Lunatic asylums Burma 1907-21 - 1907-1921
Year: 1907
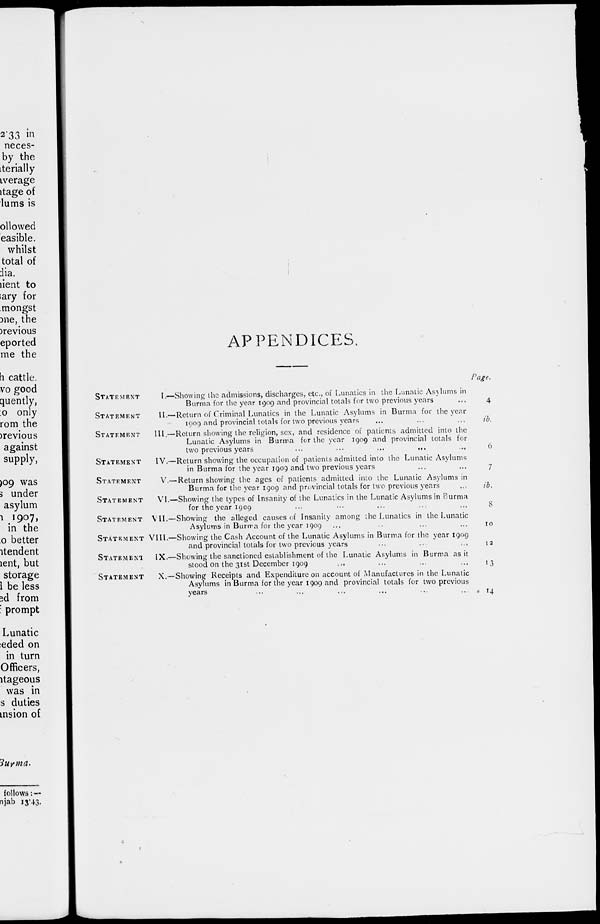
APPENDICES.
STATEMENT
I.—Showing the admissions, discharges, etc., of Lunatics in the Lunatic Asylums in
Burma for the year 1909 and provincial totals for two previous years ...
STATEMENT
II.—Return of Criminal Lunatics in the Lunatic Asylums in Burma for the year
1909 and provincial totals for two previous years ... ... ...
STATEMENT
III.—Return showing the religion, sex, and residence of patients admitted into the
Lunatic Asylums in Burma for the year 1909 and provincial totals for
two previous years
...
...
...
...
STATEMENT
IV.—Return showing the occupation of patients admitted into the Lunatic Asylums
in Burma for the year 1909 and two previous years ... ...
STATEMENT
V.—Return showing the ages of patients admitted into the Lunatic Asylums in
Burma for the year 1909 and provincial totals for two previous years ...
STATEMENT
VI.—Showing the types of Insanity of the Lunatics in the Lunatic Asylums in Burma
for the year 1909 ... ... ... ... ...
STATEMENT VII.—Showing the alleged causes of Insanity among the Lunatics in the Lunatic
Asylums in Burma for the year 1909... ... ... ...
STATEMENT VIII.—Showing the Cash Account of the Lunatic Asylums in Burma for the year 1909
and provincial totals for two previous years... ... ...
STATEMENT
IX.—Showing the sanctioned establishment of the Lunatic Asylums in Burma as it
stood on the 31st December 1909
... ... ... ...
STATEMENT
X.—Showing Receipts and Expenditure on account of Manufactures in the Lunatic
Asylums in Burma for the year 1909 and provincial totals for two previous
years ... ... ... ... ... ...
Page.
4
ib.
6
7
ib.
8
10
12
13
14